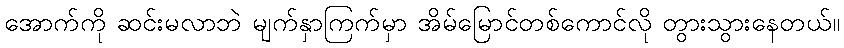
အောက်ကို ဆင်းမလာဘဲ မျက်နှာကြက်မှာ အိမ်မြောင်တစ်ကောင်လို တွားသွားနေတယ်။